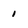
Character: i